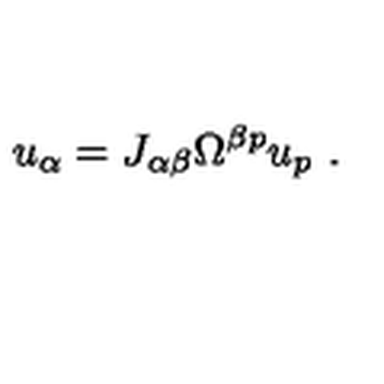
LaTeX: u _ { \alpha } = J _ { \alpha \beta } \Omega ^ { \beta p } u _ { p } \ .